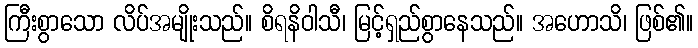
ကြီးစွာသော လိပ်အမျိုးသည်။ စိရနိဝါသီ၊ မြင့်ရှည်စွာနေသည်။ အဟောသိ၊ ဖြစ်၏။